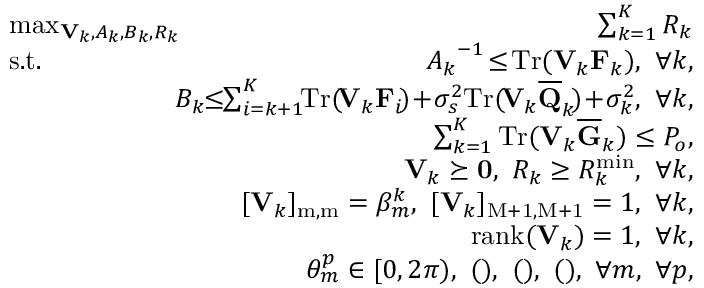
\begin{array} { r l r } & { \! \! \! \! \! \! \! \! \! \! \! \! \! \! \! \! \! \! \operatorname* { m a x } _ { \mathbf { V } _ { k } , A _ { k } , B _ { k } , R _ { k } } } & { \! \! \! \! \! \! \sum _ { k = 1 } ^ { K } R _ { k } } \\ & { \! \! \! \! \! \! \! \! \! \! \! \! \! \! \! \! \! \! \mathrm { s . t . } } & { \! \! \! \! \! \! { A _ { k } } ^ { - 1 } \! \le \! \mathrm { T r } ( \mathbf { V } _ { k } \mathbf { F } _ { k } ) , ~ \forall k , } \\ & { } & { \! \! \! \! \! \! \! B _ { k } \! \! \le \! \! \sum _ { i = k + 1 } ^ { K } \! \! \mathrm { T r } ( \! \mathbf { V } _ { k } \mathbf { F } _ { i } \! ) \! + \! \sigma _ { s } ^ { 2 } \mathrm { T r } ( \! \mathbf { V } _ { k } \mathbf { \overline { { Q } } } _ { k } \! ) \! + \! \sigma _ { k } ^ { 2 } , ~ \forall k , } \\ & { } & { \! \! \! \! \! \! \! \sum _ { k = 1 } ^ { K } \mathrm { T r } ( \mathbf { V } _ { k } { \overline { { \mathbf { G } } } } _ { k } ) \le P _ { o } , } \\ & { } & { \! \! \! \! \! \! \! \mathbf { V } _ { k } \succeq \mathbf { 0 } , ~ R _ { k } \ge R _ { k } ^ { \operatorname* { m i n } } , ~ \forall k , } \\ & { } & { \! \! \! \! \! \! \! [ \mathbf { V } _ { k } ] _ { \mathrm { { m , m } } } = \beta _ { m } ^ { k } , ~ [ \mathbf { V } _ { k } ] _ { \mathrm { M + 1 , M + 1 } } = 1 , ~ \forall k , } \\ & { } & { \! \! \! \! \! \! \! \mathrm { r a n k } ( \mathbf { V } _ { k } ) = 1 , ~ \forall k , } \\ & { } & { \! \! \! \! \! \! \! \theta _ { m } ^ { p } \in [ 0 , 2 \pi ) , ~ \mathrm { ( ) } , ~ \mathrm { ( ) } , ~ \mathrm { ( ) } , ~ \forall m , ~ \forall p , } \end{array}